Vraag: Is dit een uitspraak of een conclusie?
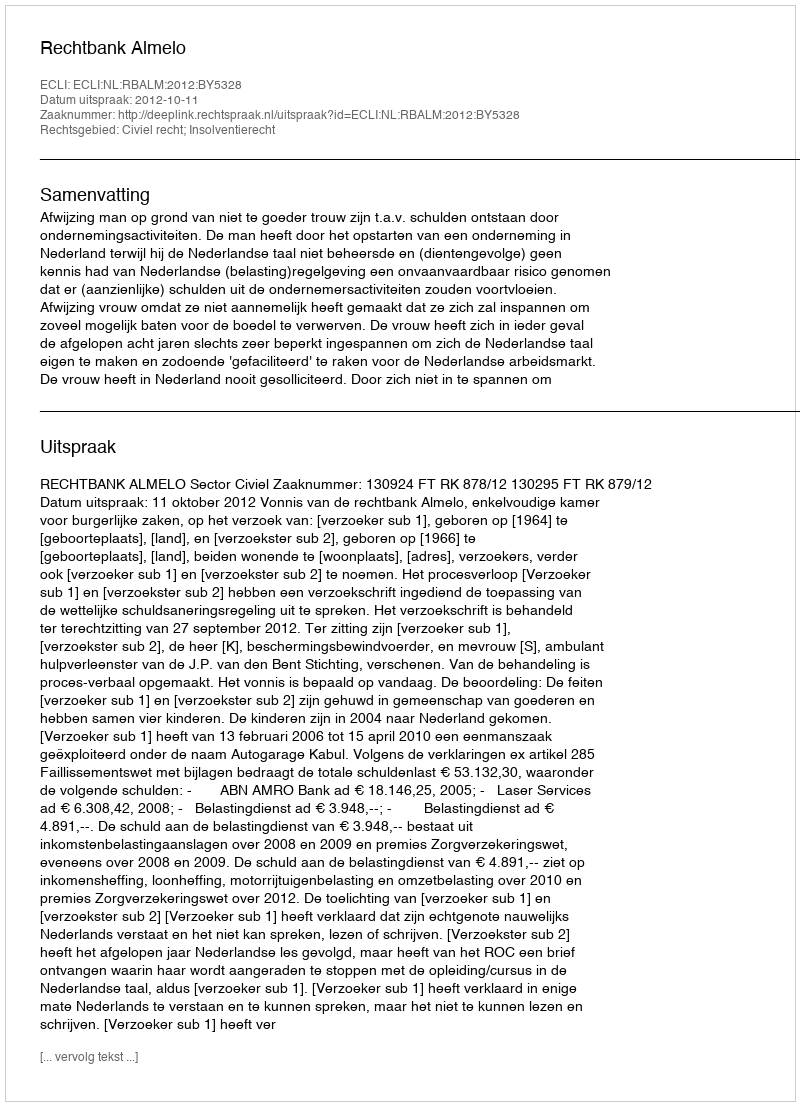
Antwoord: Uitspraak